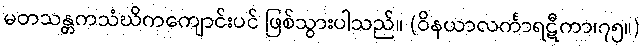
မတသန္တကသံဃိကကျောင်းပင် ဖြစ်သွားပါသည်။ (ဝိနယာလင်္ကာရဋီကာ၊၇၅။)